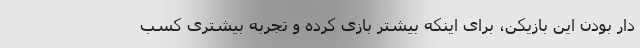
دار بودن این بازیکن، برای اینکه بیشتر بازی کرده و تجربه بیشتری کسب